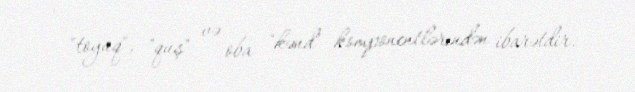
"toyuq", "quş" və oba "kənd" komponentlərindən ibarətdir.